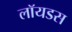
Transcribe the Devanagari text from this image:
लॉयडस